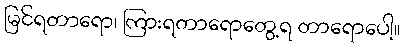
မြင်ရတာရော၊ ကြားရတာရောတွေ့ရ တာရောပေါ့။